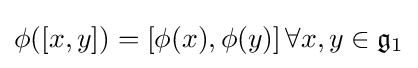
\phi ([x,y])=[\phi (x),\phi (y)]\,\forall x,y\in {\mathfrak {g}}_{1}